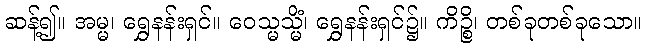
ဆန့်၍။ အမ္မ၊ ရွှေနန်းရှင်။ ဝေသ္မသ္မိံ၊ ရွှေနန်းရှင်၌။ ကိဉ္စိ၊ တစ်ခုတစ်ခုသော။